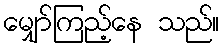
မျှော်ကြည့်နေ သည်။